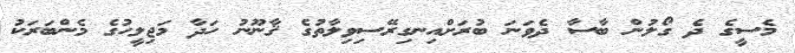
މެސީގެ ދެ ގޯލުން ބާސާ ދެވަނަ ބުރަށްއިނގިރޭސިވިލާތުގެ ޤާނޫނު ހަދާ މަޖިލީހުގެ މެންބަރަކު